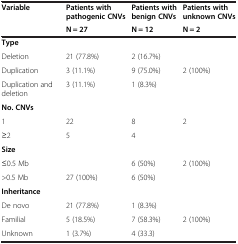
<table><thead><tr><td><b>Variable</b></td><td><b>Patients with pathogenic CNVs</b></td><td><b>Patients with benign CNVs</b></td><td><b>Patients with unknown CNVs</b></td></tr><tr><td><b> </b></td><td><b>N = 27</b></td><td><b>N = 12</b></td><td><b>N = 2</b></td></tr></thead><tbody><tr><td><b>Type</b></td><td> </td><td> </td><td> </td></tr><tr><td>Deletion</td><td>21 (77.8%)</td><td>2 (16.7%)</td><td> </td></tr><tr><td>Duplication</td><td>3 (11.1%)</td><td>9 (75.0%)</td><td>2 (100%)</td></tr><tr><td>Duplication and deletion</td><td>3 (11.1%)</td><td>1 (8.3%)</td><td> </td></tr><tr><td><b>No. CNVs</b></td><td> </td><td> </td><td> </td></tr><tr><td>1</td><td>22</td><td>8</td><td>2</td></tr><tr><td>≥2</td><td>5</td><td>4</td><td> </td></tr><tr><td><b>Size</b></td><td> </td><td> </td><td> </td></tr><tr><td>≤0.5 Mb</td><td> </td><td>6 (50%)</td><td>2 (100%)</td></tr><tr><td>&gt;0.5 Mb</td><td>27 (100%)</td><td>6 (50%)</td><td> </td></tr><tr><td><b>Inheritance</b></td><td> </td><td> </td><td> </td></tr><tr><td>De novo</td><td>21 (77.8%)</td><td>1 (8.3%)</td><td> </td></tr><tr><td>Familial</td><td>5 (18.5%)</td><td>7 (58.3%)</td><td>2 (100%)</td></tr><tr><td>Unknown</td><td>1 (3.7%)</td><td>4 (33.3)</td><td> </td></tr></tbody></table>